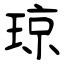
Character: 琼